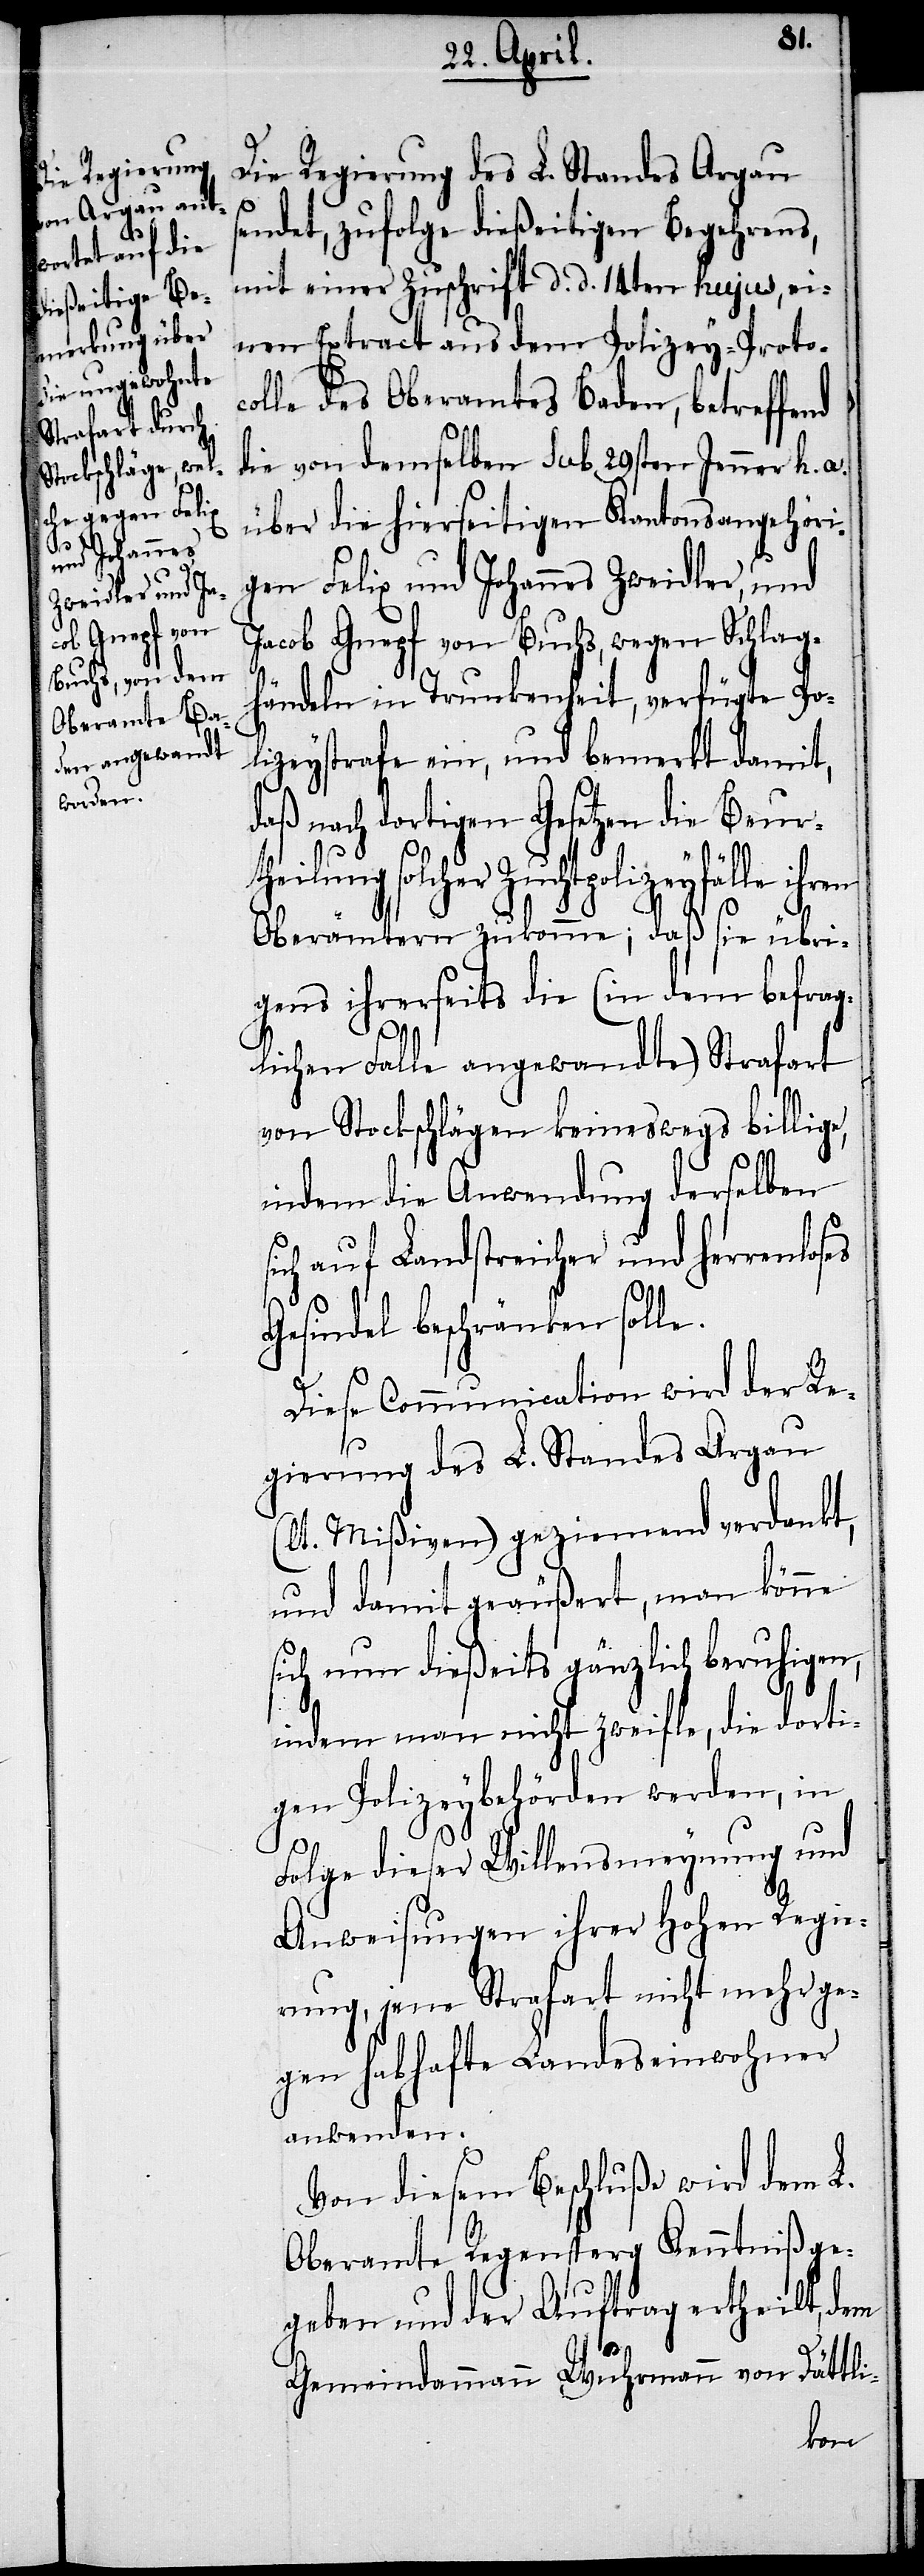
Die Regierung des L. Standes Argau
sendet, zufolge dießeitigen Begehrens,
mit einer Zuschrift d. d. 14ten hujus, ei¬
nen Extract aus dem Polizey-Protoc¬
olle des Oberamtes Baden, betreffend
die von demselben sub 29sten Jenner h. a.
über die hierseitigen Kantonsangehöri¬
gen Felix und Johannes Zweidler, und
Jacob Gnepf von Buchs, wegen Schlag¬
händeln in Trunkenheit, verfügte Po¬
lizeystrafe ein, und bemerkt damit,
daß nach dortigen Gesetzen die Beurt¬
heilung solcher Zuchtpolizeyfälle
Oberämtern zukomme; daß sie übri¬
gens ihrerseits die (in dem befrag¬
lichen Falle angewandte) Strafart
von Stockschlägen keineswegs billige,
indem die Anwendung derselben
sich auf Landstreicher und herrenloses
Gesindel beschränken solle.
Diese Communication wird der Re¬
gierung des L. Standes Argau
(lt. Mißiven) geziemend verdankt,
und damit geäußert, man könne
sich nun dießeits gänzlich beruhigen,
indem man nicht zweifle, die dorti¬
gen Polizeybehörden werden, in
Folge dieser Willensmeynung und
Anweisungen ihrer Hohen Regie¬
rung, jene Strafart nicht mehr ge¬
gen habhafte Landeseinwohner
anwenden.
Von diesem Beschluße wird dem L.
Oberamt Regensperg Kenntniß ge¬
geben und der Auftrag ertheilt, dem
Gemeindammann Wuhrmann von Dättli-